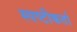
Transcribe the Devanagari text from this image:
स्पष्टीकर्ता